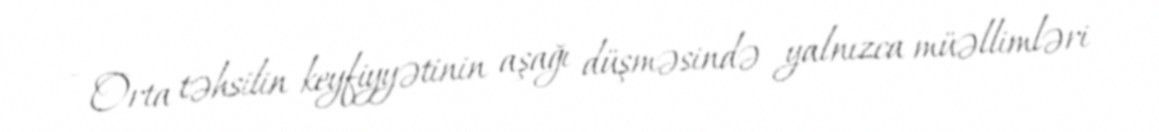
- Orta təhsilin keyfiyyətinin aşağı düşməsində yalnızca müəllimləri